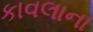
કાવલાના